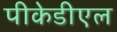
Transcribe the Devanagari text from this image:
पीकेडीएल